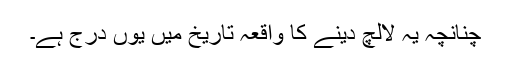
چنانچہ یہ لالچ دینے کا واقعہ تاریخ میں یوں درج ہے۔